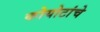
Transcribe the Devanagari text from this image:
कोयोटांचे